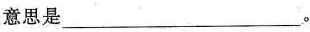
意思是___。